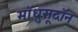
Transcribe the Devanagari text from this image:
मॉधुसूदॉन